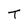
Character: T